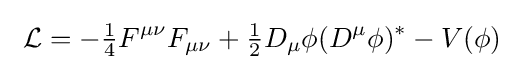
\ {\mathcal {L}}=-{\tfrac {1}{4}}F^{\mu \nu }F_{\mu \nu }+{\tfrac {1}{2}}D_{\mu }\phi (D^{\mu }\phi )^{*}-V(\phi )\